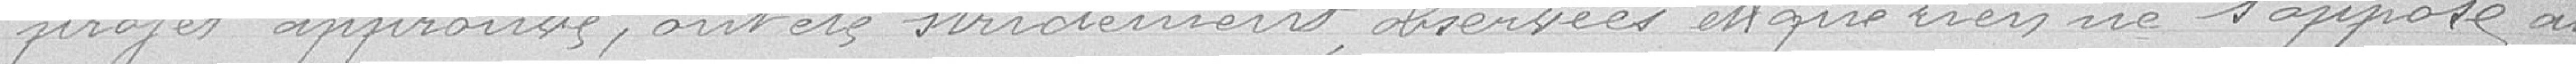
projet approuvés, ont été strictement observées et que rien ne s'oppose au